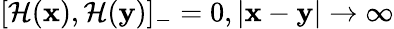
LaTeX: [{\cal H}({\mathbf x}),{\cal H}({\mathbf y})]_{-}=0,|{\mathbf x}-{\mathbf y}|\rightarrow\infty